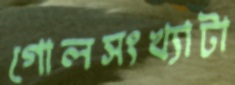
গোলসংখ্যাটা